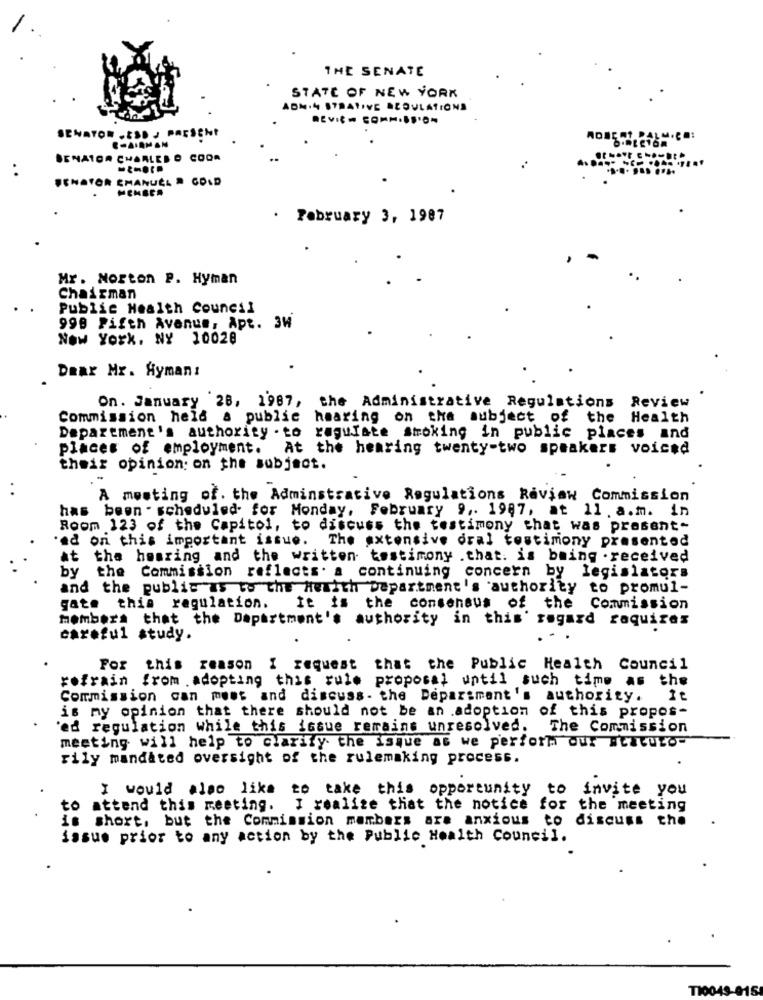
THE SENATE
STATE OF NEW YORK
ADN.4 STRATIVE ACOULATIONS
SENATOR „ ES. J PRESCHI
CHAIRMAN
SENATOR CHARLES O COOR
SENATOR EMANUEL . GOLD
. February 3, 1987
Mr. Norton P. Hyman
Chairman
Public Health Council
998 Fifth Avenue, Apt. 3W
New York, NY 10028
Dear Mr. Hymanı
On. January 28, 1987, the Administrative Regulations Review
Commission held a public hearing on the subject of the Health
Department's authority . to regulate smoking in public places and
places of employment.
At the hearing twenty-two speakers voiced
their opinion: on the subject.
A meeting of. the Adminstrative Regulations Review Commission
has been scheduled for Monday, February 9 ,. 1947, at 11. a.m. in
Room 123 of the Capitol, to discuss the testimony that was present-
ed on this important issue. The extensive oral testimony presented
at the hearing and the written testimony .that. is being . received
the Commission reflects. a continuing concern by legislators
by
and the public as to the Hewith Department's authority to promul-
gate this regulation. It is the consensus of the Commission
members that the Department's authority in this' regard raquizes
careful study.
For
this reason I request that the Public Health Council
refrain
from . adopting this rule proposal until such time as the
Commission can muss and discuss- the Department's authority.
is my opinion that there should not be an .adoption of this propos-
'ed regulation while this issue remains unresolved.
The Commission
meeting will help to clarify the isque as we perform our Hratuto-
rily mandated oversight of the rulemaking process.
I would also like to take this opportunity to invite you
to
attend this meeting. I realize that the notice for the meeting
is short, but the Commission members are anxious to discuss the
issue prior to any action by the Public Health Council.
TI0049-015